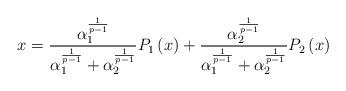
LaTeX: \begin{align*}x=\frac{\alpha _{1}^{\frac{1}{p-1}}}{\alpha _{1}^{\frac{1}{p-1}}+\alpha_{2}^{\frac{1}{p-1}}}P_{1}\left( x\right) +\frac{\alpha _{2}^{\frac{1}{p-1}}}{\alpha _{1}^{\frac{1}{p-1}}+\alpha _{2}^{\frac{1}{p-1}}}P_{2}\left(x\right) \end{align*}